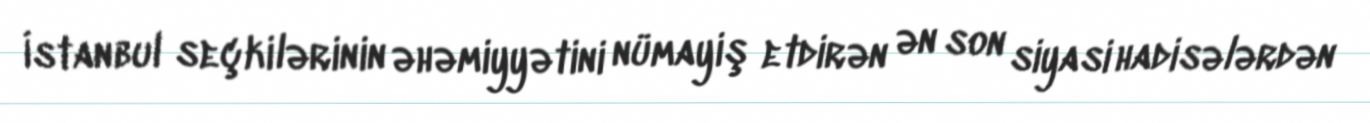
İstanbul seçkilərinin əhəmiyyətini nümayiş etdirən ən son siyasi hadisələrdən